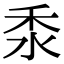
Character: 𥝸